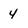
Character: 4